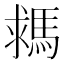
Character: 𩣗